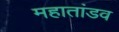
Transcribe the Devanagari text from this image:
महातांडव